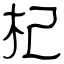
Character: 杞